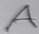
Text: A